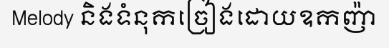
Melody និងទំនុកច្រៀងដោយឧកញ៉ា